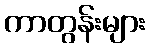
ကာတွန်းများ